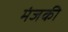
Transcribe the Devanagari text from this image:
मंजकी